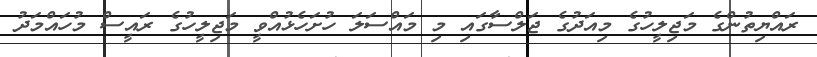
ރައްޔިތުންގެ މަޖިލީހުގެ މިއަދުގެ ޖަލްސާގައި މި މައްސަލަަ ހުށަހެޅުއްވީ މަޖިލީހުގެ ރައީސް މުހައްމަދު